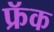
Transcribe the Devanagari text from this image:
फ्रॅक